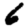
Digit: 6